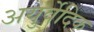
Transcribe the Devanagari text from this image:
अयुर्वेदिक